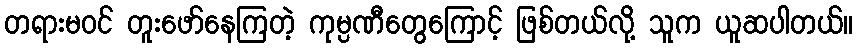
တရားမဝင် တူးဖော်နေကြတဲ့ ကုမ္ပဏီတွေကြောင့် ဖြစ်တယ်လို့ သူက ယူဆပါတယ်။